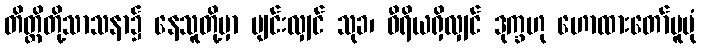
တိတ္ထိတို့သာသနာ၌ နေသူတို့မှာ ပျင်းလျှင် သုခ၊ ဝီရိယရှိလျှင် ဒုက္ခဟု ဟောထားတော်မူပုံ